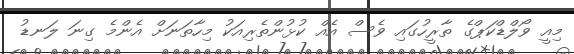
މިއީ ވޯލްޑްކަޕްގެ ތާރީހުގައި ވެސް އެއް ކުޅުންތެރިއަކު މިހާތަނަށް އެންމެ ގިނަ ލަނޑު